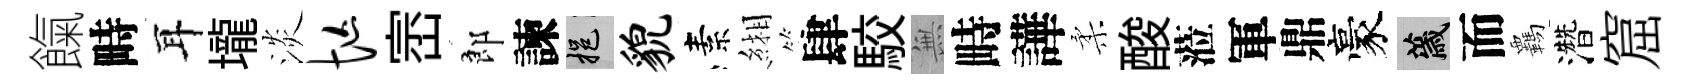
餼畤耳壠淡忙崈郎諫挹貌素緗肆駮𭴾畤譁柔酸蒞軍鼎豪薉而覊濳窟